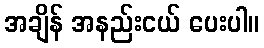
အချိန် အနည်းငယ် ပေးပါ။